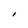
Character: I